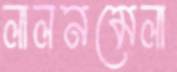
লালনমেলা